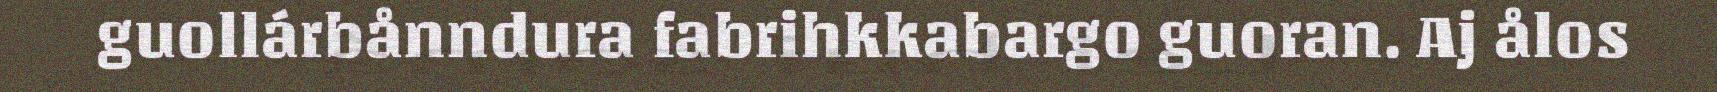
guollárbånndura fabrihkkabargo guoran. Aj ålos